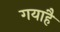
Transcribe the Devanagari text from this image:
गयाहै